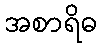
အစာရိဓ